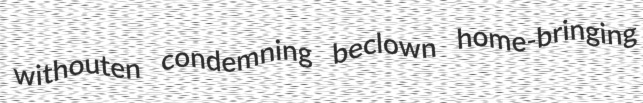
withouten condemning beclown home-bringing